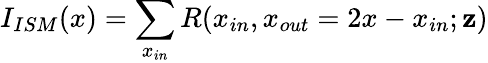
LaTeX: I_{ISM}(x)=\displaystyle\sum_{x_{in}}R(x_{in},x_{out}=2x-x_{in};\mathbf{z})